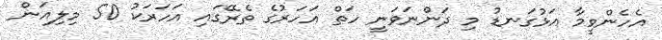
އެހެންވީމާ އަޅުގަނޑު މި ދަންނަވަނީ ހަތް އަހަރުގެ ތެރޭގައި އަހަރަކު 50 މިލިއަން